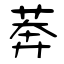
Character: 莾